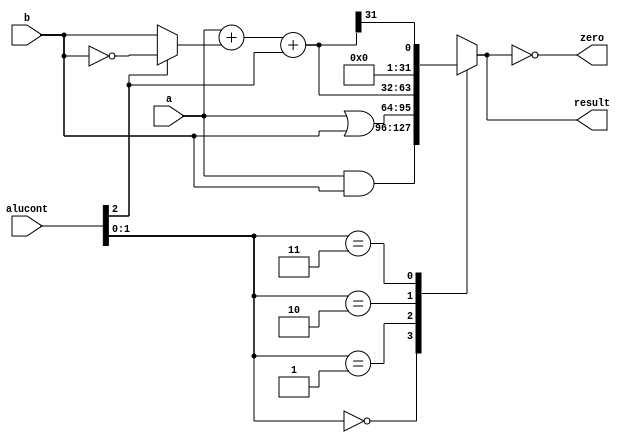
//------------------------------------------------
// mipsparts.v
// David_Harris@hmc.edu 23 October 2005
// Components used in MIPS processor
//------------------------------------------------

module alu(input      [31:0] a, b, 
           input      [2:0]  alucont, 
           output reg [31:0] result,
           output            zero);

  wire [31:0] b2, sum, slt;

  assign b2 = alucont[2] ? ~b:b; 
  assign sum = a + b2 + alucont[2];
  assign slt = sum[31];

  always@(*)
    case(alucont[1:0])
      2'b00: result <= a & b;
      2'b01: result <= a | b;
      2'b10: result <= sum;
      2'b11: result <= slt;
    endcase

  assign zero = (result == 32'b0);
endmodule

module regfile(input         clk, 
               input         we3, 
               input  [4:0]  ra1, ra2, wa3, ra4,
               input  [31:0] wd3, 
               output [31:0] rd1, rd2, rd4);

  reg [31:0] rf[31:0];

  // three ported register file
  // read two ports combinationally
  // write third port on rising edge of clock
  // register 0 hardwired to 0

  always @(posedge clk)
    if (we3) rf[wa3] <= wd3;	

  assign rd1 = (ra1 != 0) ? rf[ra1] : 0;
  assign rd2 = (ra2 != 0) ? rf[ra2] : 0;
  assign rd4 = (ra4 != 0) ? rf[ra4] : 0;
endmodule

module adder(input [31:0] a, b,
             output [31:0] y);

  assign y = a + b;
endmodule

module sl2(input  [31:0] a,
           output [31:0] y);

  // shift left by 2
  assign y = {a[29:0], 2'b00};
endmodule

module signext(input  [15:0] a,
               output [31:0] y);
              
  assign y = {{16{a[15]}}, a};
endmodule

module flopr #(parameter WIDTH = 8)
              (input                  clk, reset,
               input      [WIDTH-1:0] d, 
               output reg [WIDTH-1:0] q);

  always @(posedge clk, posedge reset)
    if (reset) q <= 0;
    else       q <= d;
endmodule

module flopenr #(parameter WIDTH = 8)
                (input                  clk, reset,
                 input                  en,
                 input      [WIDTH-1:0] d, 
                 output reg [WIDTH-1:0] q);
 
  always @(posedge clk, posedge reset)
    if      (reset) q <= 0;
    else if (en)    q <= d;
endmodule

module mux2 #(parameter WIDTH = 8)
             (input  [WIDTH-1:0] d0, d1, 
              input              s, 
              output [WIDTH-1:0] y);

  assign y = s ? d1 : d0; 
endmodule